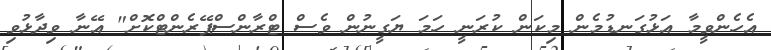
އެހެންވީމާ އަޅުގަނޑުމެން މިކަން ކުރަނީ ހަމަ ޔަގީނުން ވެސް ޓްރާންސްޕޭރެންޓްކޮށް" އޭނާ ވިދާޅުވި